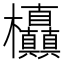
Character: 𭭃